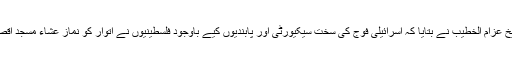
محکمہ اوقاف کے ڈائریکٹر جنرل الشیخ عزام الخطیب نے بتایا کہ اسرائیلی فوج کی سخت سیکیورٹی اور پابندیوں کیے باوجود فلسطینیوں نے اتوار کو نماز عشاء مسجد اقصیٰ اور مصلیٰ باب رحمت میں ادا کی۔